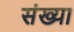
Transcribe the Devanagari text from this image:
संख्या